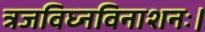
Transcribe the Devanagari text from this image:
त्रजविघ्नविनाशनः।